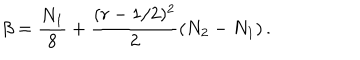
\beta = \frac { N _ { 1 } } { 8 } + \frac { ( r - 1 / 2 ) ^ { 2 } } { 2 } ( N _ { 2 } - N _ { 1 } ) \, .